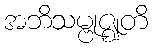
အဘိသမ္ဗုဇ္ဈတိ